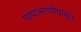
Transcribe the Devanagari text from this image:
पायाभरणीपासून